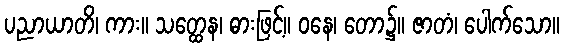
ပညာယာတိ၊ ကား။ သတ္ထေန၊ ဓားဖြင့်။ ဝနေ၊ တော၌။ ဇာတံ၊ ပေါက်သော။